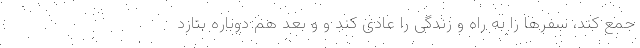
جمع کند، سفرها را به راه و زندگی را عادی کند و و بعد هم دوباره بتازد